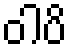
ဝါပိ